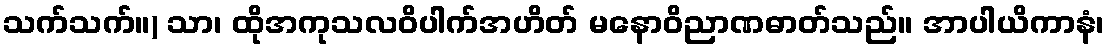
သက်သက်။) သာ၊ ထိုအကုသလဝိပါက်အဟိတ် မနောဝိညာဏဓာတ်သည်။ အာပါယိကာနံ၊